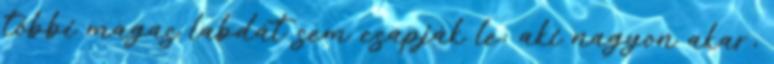
többi magas labdát sem csapják le; aki nagyon akar,